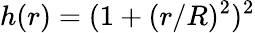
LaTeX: h(r)=(1+(r/R)^{2})^{2}